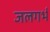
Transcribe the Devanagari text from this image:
जलगर्भ